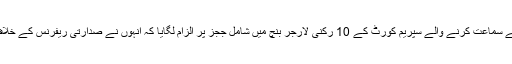
اٹارنی جنرل انور منصور خان نے جسٹس فائز عیسیٰ کیس میں دلائل شروع کرتے ہوئے سماعت کرنے والے سپریم کورٹ کے 10 رکنی لارجر بنچ میں شامل ججز پر الزام لگایا کہ انہوں نے صدارتی ریفرنس کے خلاف مقدمے کی تیاری میں جسٹس فائز عیسیٰ کی مدد کی ہے اور انہیں مشورے دیے ہیں۔